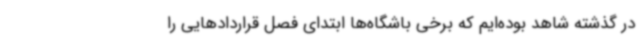
در گذشته شاهد بوده‌ایم که برخی باشگاه‌ها ابتدای فصل قراردادهایی را